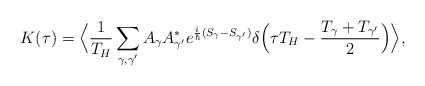
\begin{align*}K(\tau)=\Big\langle \frac{1}{T_H}\sum_{\gamma,\gamma'}A_\gamma A_{\gamma'}^* e^{\frac{i}{\hbar}(S_\gamma-S_{\gamma'})}\delta\Big(\tau T_H-\frac{T_\gamma+T_{\gamma'}}{2}\Big) \Big\rangle,\end{align*}